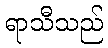
ရာသီသည်